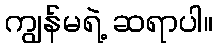
ကျွန်မရဲ့ ဆရာပါ။